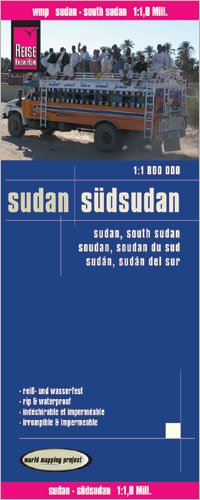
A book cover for Sudan & South Sudan 1:1,800,000 Travel Map, waterproof, GPS-compatible REISE; Reise Knowhow; Travel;